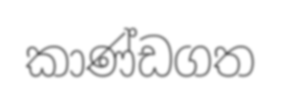
කාණ්ඩගත